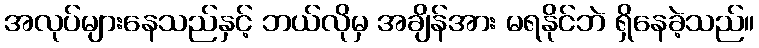
အလုပ်များနေသည်နှင့် ဘယ်လိုမှ အချိန်အား မရနိုင်ဘဲ ရှိနေခဲ့သည်။